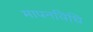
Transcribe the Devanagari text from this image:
मापनविधि